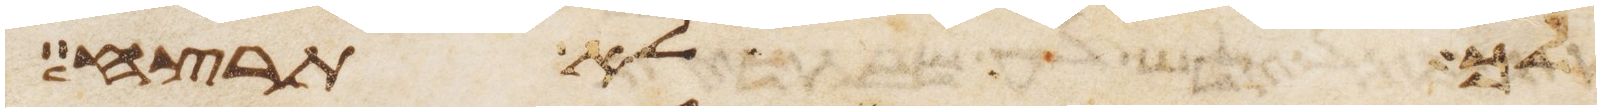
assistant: לך לא תרצח